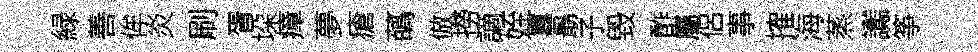
緑善侔炎刷胥垜瘴夢瘡蘤倣撈謫姪囂朂子毀酢屬侶事搉海蒸讟筝